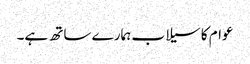
عوام کا سیلاب ہمارے ساتھ ہے۔